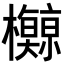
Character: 𪴡